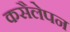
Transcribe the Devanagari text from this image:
कसैलेपन